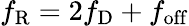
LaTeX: f_{\mathrm{R}}=2f_{\mathrm{D}}+f_{\mathrm{off}}